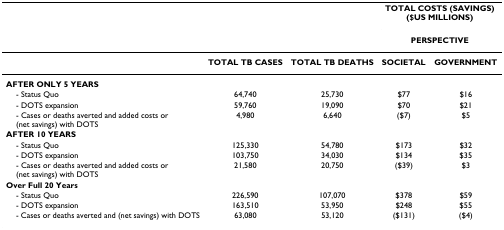
<table><thead><tr><td></td><td></td><td></td><td colspan="2"><b>TOTAL COSTS (SAVINGS) ($US MILLIONS)</b></td></tr><tr><td></td><td></td><td></td><td colspan="2"><b>PERSPECTIVE</b></td></tr></thead><tbody><tr><td></td><td><b>TOTAL TB CASES</b></td><td><b>TOTAL TB DEATHS</b></td><td><b>SOCIETAL</b></td><td><b>GOVERNMENT</b></td></tr><tr><td><b>AFTER ONLY 5 YEARS</b></td><td></td><td></td><td></td><td></td></tr><tr><td> - Status Quo</td><td>64,740</td><td>25,730</td><td>$77</td><td>$16</td></tr><tr><td> - DOTS expansion</td><td>59,760</td><td>19,090</td><td>$70</td><td>$21</td></tr><tr><td> - Cases or deaths averted and added costs or (net savings) with DOTS</td><td>4,980</td><td>6,640</td><td>($7)</td><td>$5</td></tr><tr><td><b>AFTER 10 YEARS</b></td><td></td><td></td><td></td><td></td></tr><tr><td> - Status Quo</td><td>125,330</td><td>54,780</td><td>$173</td><td>$32</td></tr><tr><td> - DOTS expansion</td><td>103,750</td><td>34,030</td><td>$134</td><td>$35</td></tr><tr><td> - Cases or deaths averted and added costs or (net savings) with DOTS</td><td>21,580</td><td>20,750</td><td>($39)</td><td>$3</td></tr><tr><td><b>Over Full 20 Years</b></td><td></td><td></td><td></td><td></td></tr><tr><td> - Status Quo</td><td>226,590</td><td>107,070</td><td>$378</td><td>$59</td></tr><tr><td> - DOTS expansion</td><td>163,510</td><td>53,950</td><td>$248</td><td>$55</td></tr><tr><td> - Cases or deaths averted and (net savings) with DOTS</td><td>63,080</td><td>53,120</td><td>($131)</td><td>($4)</td></tr></tbody></table>